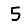
Digit: 5